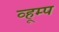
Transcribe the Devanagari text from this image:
व्हूम्प